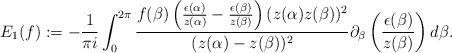
LaTeX: \begin{align*}E_{1}(f):=-\frac{1}{\pi i}\int_{0}^{2\pi}\frac{f(\beta)\left(\frac{\epsilon(\alpha)}{z(\alpha)}-\frac{\epsilon(\beta)}{z(\beta)}\right)(z(\alpha)z(\beta))^{2}}{(z(\alpha)-z(\beta))^{2}}\partial_{\beta}\left(\frac{\epsilon(\beta)}{z(\beta)}\right)d\beta.\end{align*}